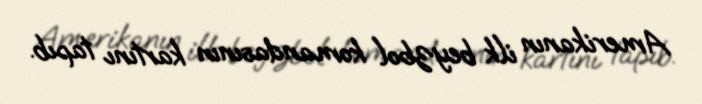
Amerikanın ilk beyzbol komandasının kartını tapıb.